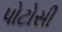
પોટોસી